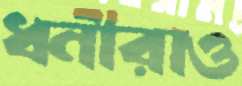
ধনীরাও